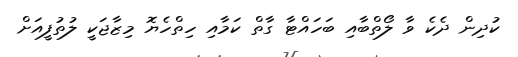
ކުދިން ދެކެ ވާ ލޯތްބާއި ބަހައްޓާ ގާތް ކަމާއި ހިތްހެޔޮ މިޒާޖަކީ ލުތުފީއަށް